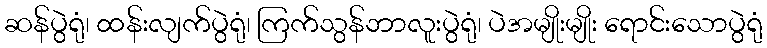
ဆန်ပွဲရုံ၊ ထန်းလျက်ပွဲရုံ၊ ကြက်သွန်ဘာလူးပွဲရုံ၊ ပဲအမျိုးမျိုး ရောင်းသောပွဲရုံ